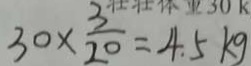
3 0 \times \frac { 3 } { 2 0 } = 4 . 5 k g